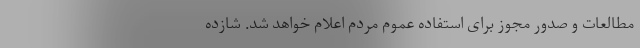
مطالعات و صدور مجوز برای استفاده عموم مردم اعلام خواهد شد. شازده